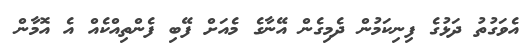
އެވަގުތު ދަޅުގެ ފިނިކަމުން ދެމިގެން އޭނާގެ މެއަށް ފޭބި ފެންތިއްކެއް އެ އޮމާން